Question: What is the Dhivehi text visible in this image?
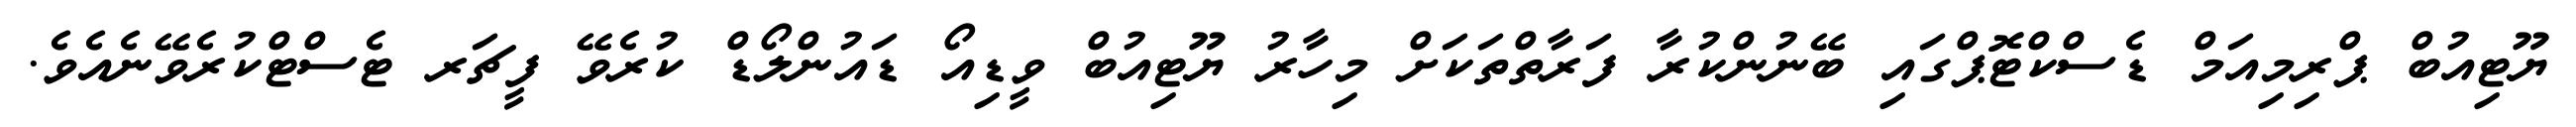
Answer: ޔޫޓިއުބް ޕްރިމިއަމް ޑެސްކްޓޮޕްގައި ބޭނުންކުރާ ފަރާތްތަކަށް މިހާރު ޔޫޓިއުބް ވީޑިއޯ ޑައުންލޯޑް ކުރެވޭ ފީޗަރ ޓެސްޓްކުރެވޭނެއެވެ.